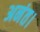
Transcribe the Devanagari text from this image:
अनंत।